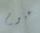
غيوم